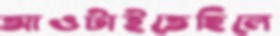
আওটাইতেছিলে